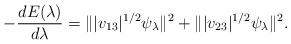
\begin{align*} -\frac{dE (\lambda)}{d\lambda} = \||v_{13}|^{1/2} \psi_\lambda\|^2 +\||v_{23}|^{1/2} \psi_\lambda\|^2 . \end{align*}